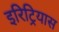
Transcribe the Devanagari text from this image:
इरिट्रियास